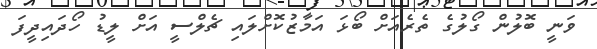
ވަނީ ބޮލުން ގޯލުގެ ތެރެއަށް ބޯޅަ އަމާޒުކޮށްލައި ޗެލްސީ އަށް ލީޑު ހޯދައިދީފަ